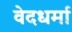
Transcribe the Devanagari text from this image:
वेदधर्मा